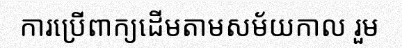
ការប្រើពាក្យដើមតាមសម័យកាល រួម